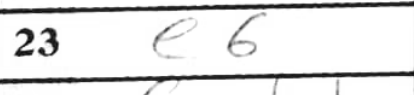
Transcription: e6